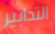
التدابير